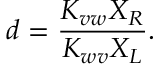
d = \frac { K _ { v w } X _ { R } } { K _ { w v } X _ { L } } .